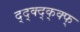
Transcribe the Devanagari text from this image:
द्द्क्द्क्क्फ्